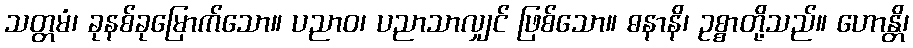
သတ္တမံ၊ ခုနစ်ခုမြောက်သော။ ပညာဝ၊ ပညာသာလျှင် ဖြစ်သော။ ဓနာနိ၊ ဥစ္စာတို့သည်။ ဟောန္တိ၊